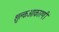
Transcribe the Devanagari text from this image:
शुल्कआकारणी